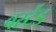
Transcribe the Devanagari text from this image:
वर्स्टेड